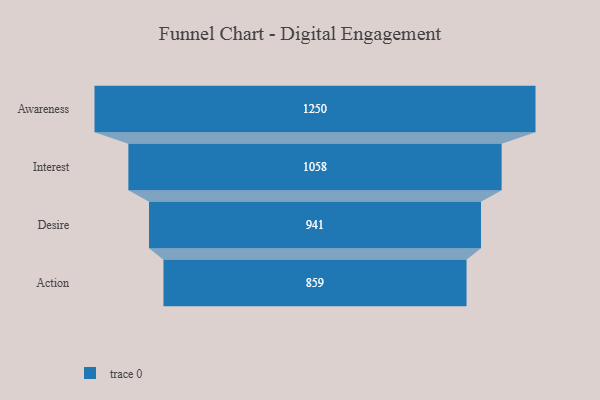
{"axis": {"x": "Stage", "y": "Value"}, "legend": [""], "data": [{"x": "Awareness", "y": 1250.0, "type": ""}, {"x": "Interest", "y": 1058.0, "type": ""}, {"x": "Desire", "y": 941.0, "type": ""}, {"x": "Action", "y": 859.0, "type": ""}]}